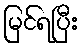
မြင်ရပြီး